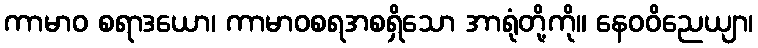
ကာမာဝ စရာဒယော၊ ကာမာဝစရအစရှိသော အာရုံတို့ကို။ နေဝဝိညေယျာ၊